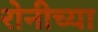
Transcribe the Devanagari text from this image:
रोनीच्या